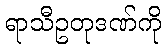
ရာသီဥတုဒဏ်ကို